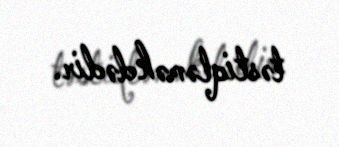
təstiqləməkdədir.